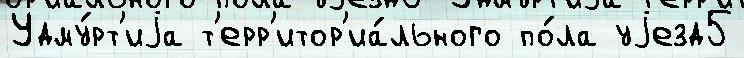
Удму́рт'иjа т'ерр'итор'иа́льного по́ла уjезд5